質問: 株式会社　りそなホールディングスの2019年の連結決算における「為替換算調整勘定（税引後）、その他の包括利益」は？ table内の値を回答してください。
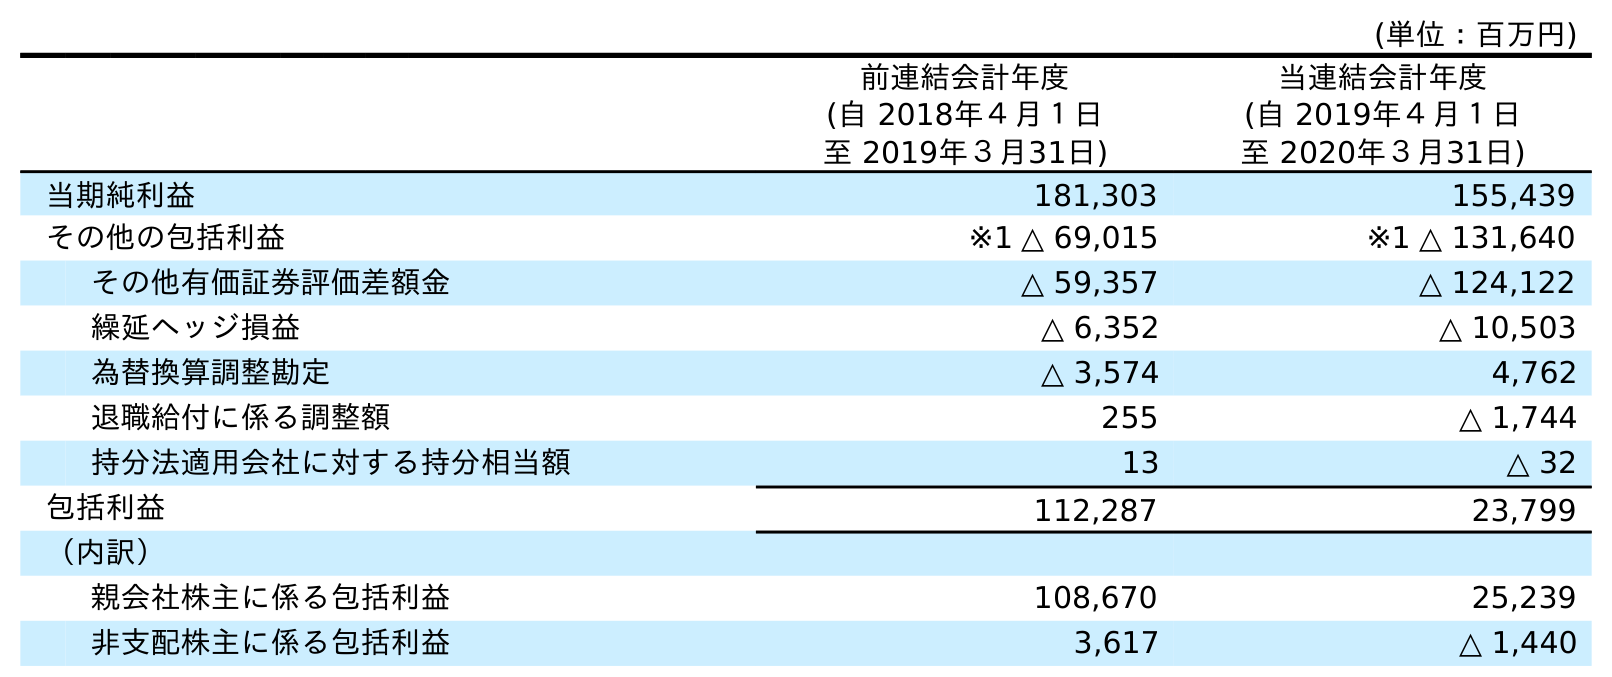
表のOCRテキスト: (単位：百万円) 前連結会計年度 (自 2018年４月１日 至 2019年３月31日) 当連結会計年度 (自 2019年４月１日 至 2020年３月31日) 当期純利益 181,303 155,439 その他の包括利益 ※1 △ 69,015 ※1 △ 131,640 その他有価証券評価差額金 △ 59,357 △ 124,122 繰延ヘッジ損益 △ 6,352 △ 10,503 為替換算調整勘定 △ 3,574 4,762 退職給付に係る調整額 255 △ 1,744 持分法適用会社に対する持分相当額 13 △ 32 包括利益 112,287 23,799 （内訳） 親会社株主に係る包括利益 108,670 25,239 非支配株主に係る包括利益 3,617 △ 1,440
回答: △3,574